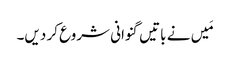
مَیں نے باتیں گنوانی شروع کر دیں۔